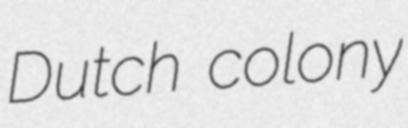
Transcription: Dutch colony